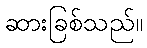
ဆားခြစ်သည်။